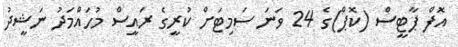
އޮފް ޕާޓީސް (ކޮޕް)ގެ 24 ވަނަ ސަމިޓަށް ކުރީގެ ރައީސް މުހައްމަދު ނަޝީދު